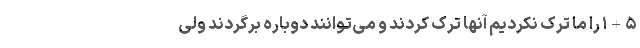
۱+۵ را ما ترک نکردیم آنها ترک کردند و می‌توانند دوباره برگردند ولی